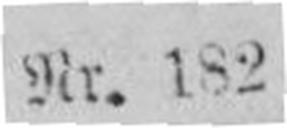
Nr. 182